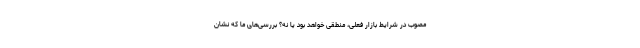
مصوب در شرایط بازار فعلی، منطقی خواهد بود یا نه؟ بررسی‌های ما که نشان